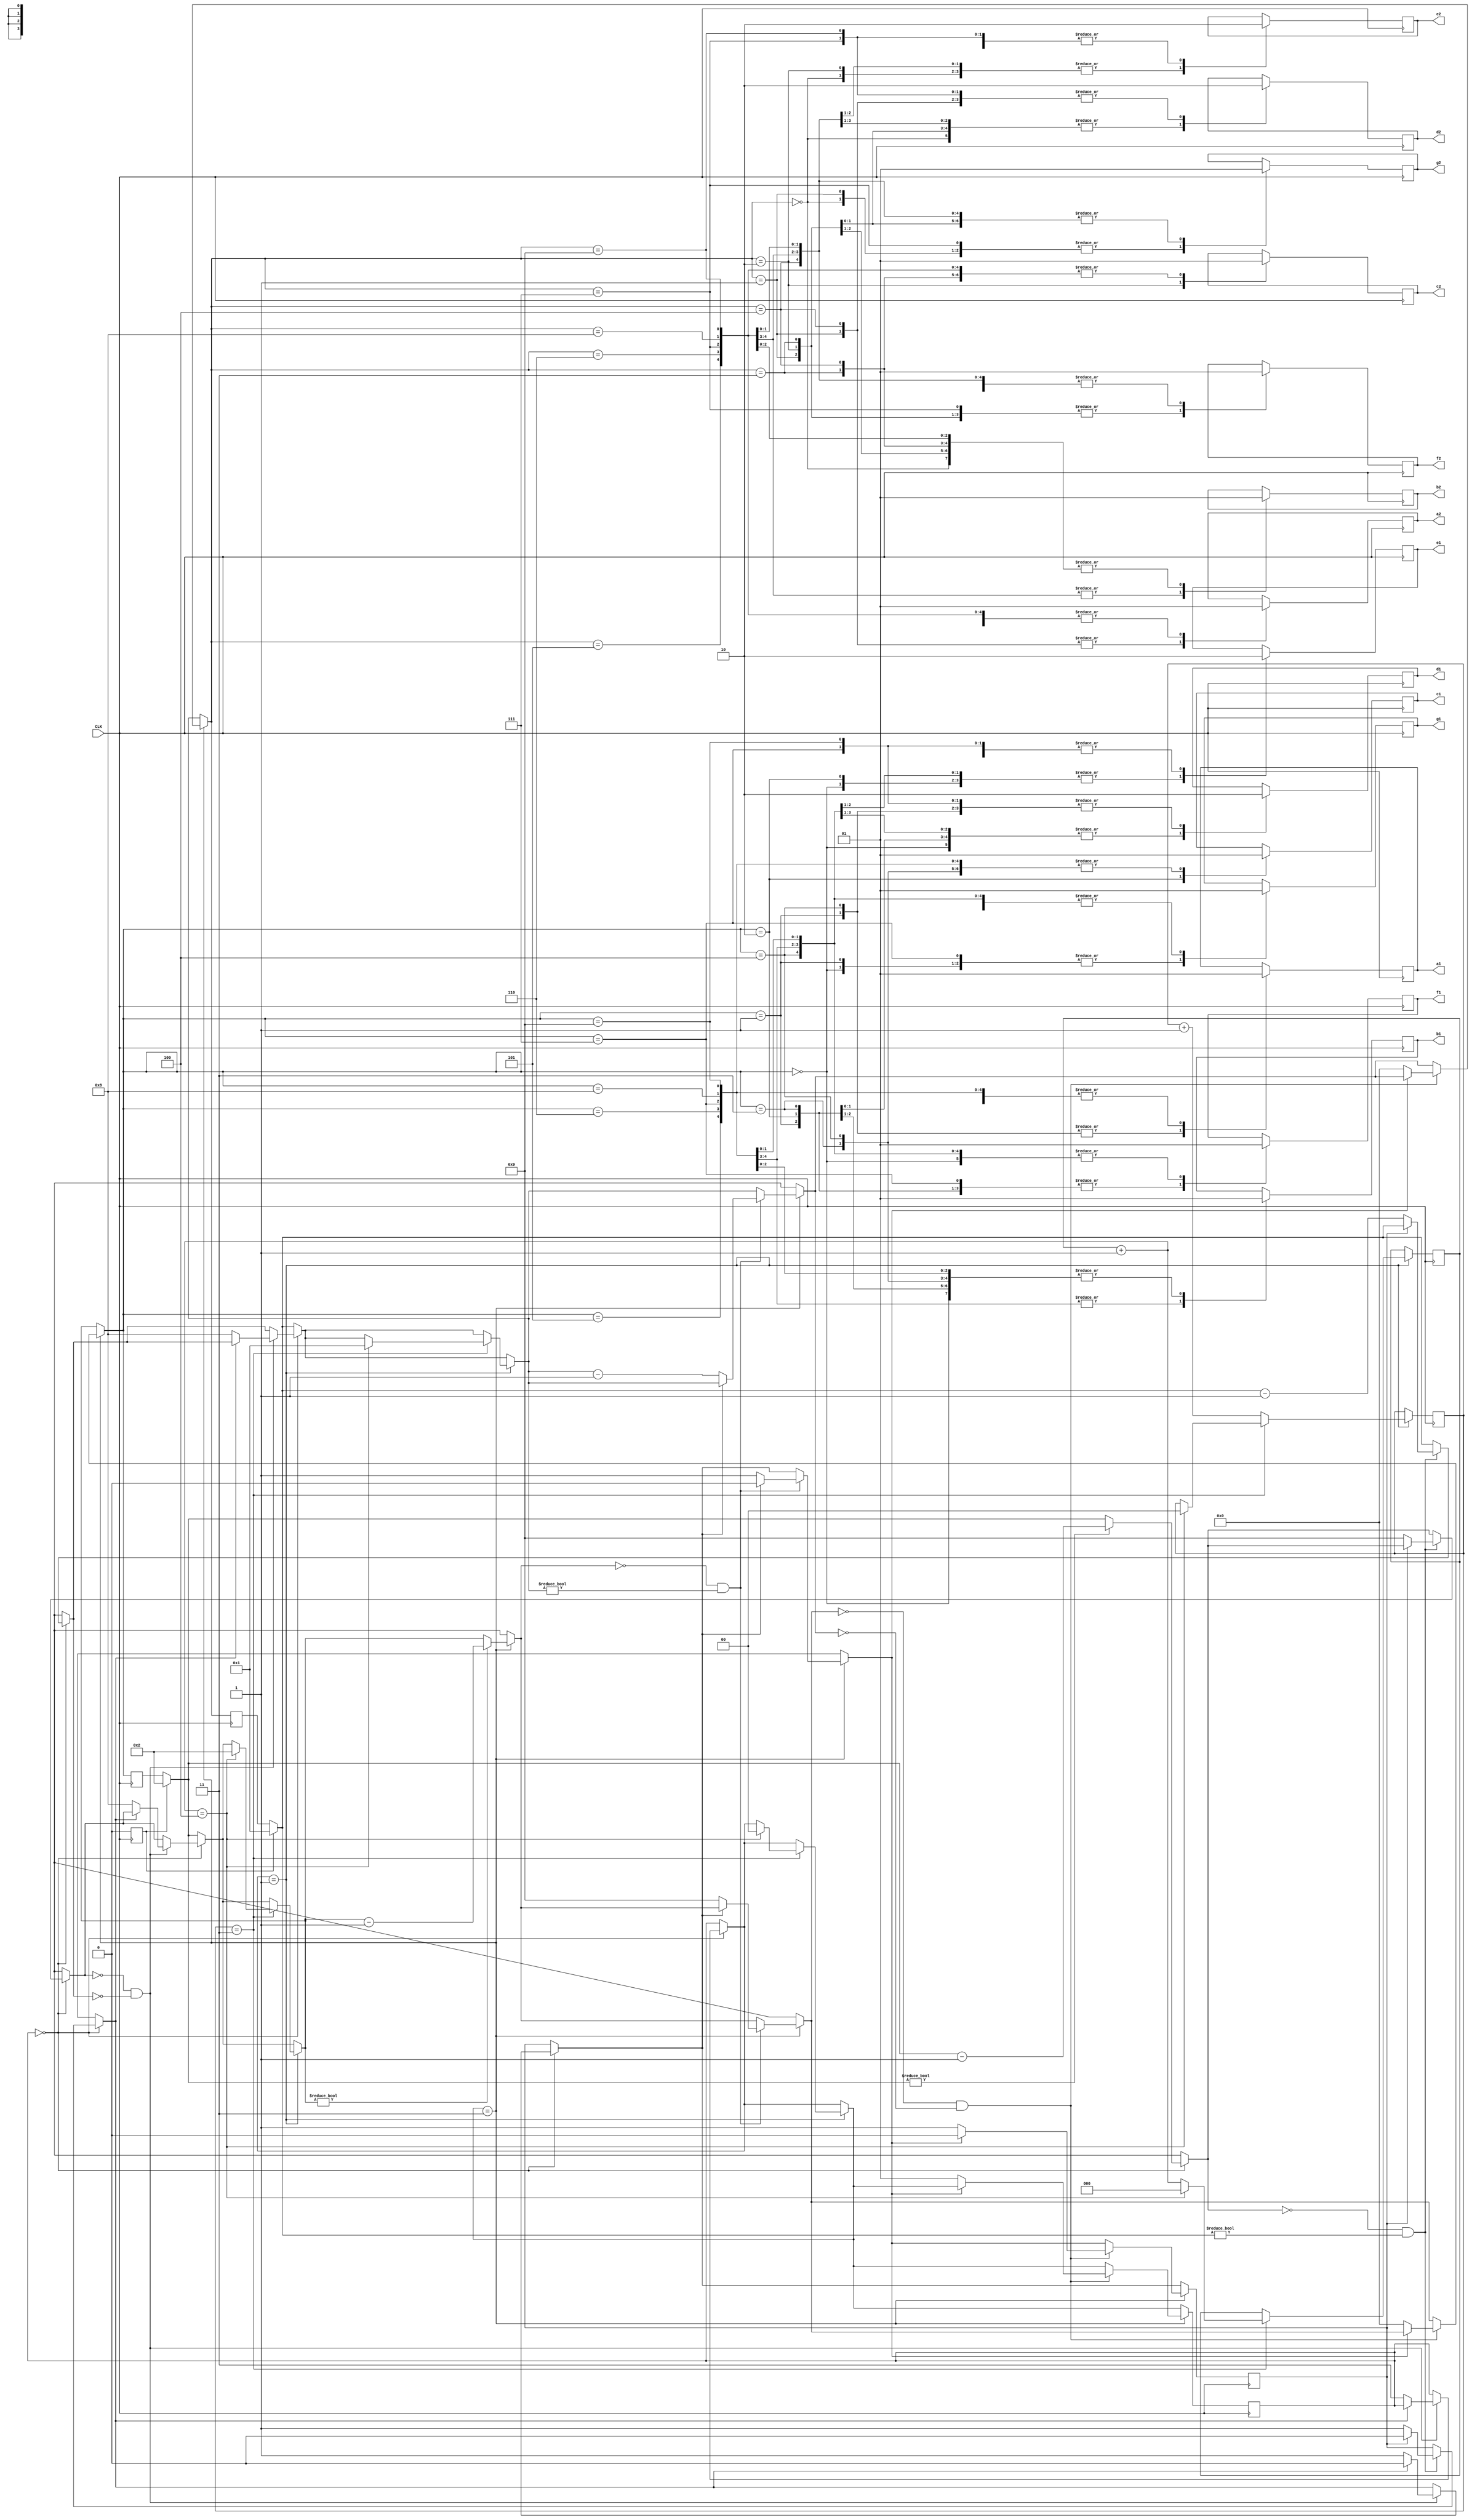
//////////////////7seg1 is for unity and 7seg2 for tens
///////////////we use a flag for reg and green light////if flag is 1 the light is green and if 0, red;
///////////////////time of green light is 88 clocks and for red light 12 clocks
//////////////////we start from red light
//   a   //
//f     b//
//   g   //   :)
//e     c//
//   d   //
module TrafficLightCounter(CLK,a1,b1,c1,d1,e1,f1,g1,a2,b2,c2,d2,e2,f2,g2);
    input wire CLK;
    output reg a1,b1,c1,d1,e1,f1,g1,a2,b2,c2,d2,e2,f2,g2;
    reg [3:0]tens;
    reg [3:0]unity;
    reg [1:0]flag = 2'b00;
    reg flag2 = 1'b1;
    reg atzero = 1'b1;
    reg [1:0]yellowcounterflash = 2'b00;
    reg [2:0]yellowcoutner = 3'b000;
    reg yellowlight = 1'b1;

    always@(posedge CLK)
        begin
            if(flag2 == 1'b1)
                begin
                    tens = 4'b0001;
                    unity = 4'b0010;
                    flag2 = 1'b0;
                end
            /////////////////////////////red light
            if(flag == 2'b00)
                begin
                    if(unity != 4'b0000)
                        begin
                            unity = unity - 4'b0001;
                        end
                    if(unity == 0 && tens != 4'b0000)
                        begin
                            if(atzero == 1'b0)                            
                                begin
                                    unity = 4'b1001;
                                    tens = tens - 4'b0001;
                                    atzero = 1'b1;
                                end
                            else
                                atzero = 1'b0;
                        end
                    if(unity == 4'b0000 && tens == 4'b0000)    
                        begin
                            if(atzero == 1'b0)
                                begin
                                    tens = 4'b1000;
                                    unity = 4'b1000;
                                    flag = 2'b11;
                                    atzero = 1'b1;
                                end   
                            else
                                atzero = 1'b0;
                        end  
                end
            //////////////////////yellow light
            if(flag == 2'b01)
                begin
                    if(yellowcounterflash == 2'b11)
                        begin
                            yellowlight = 1'b1;
                            yellowcoutner = yellowcoutner +3'b001;
                            if(yellowcoutner == 3'b100)
                                begin
                                    flag = 2'b00;
                                    yellowlight = 1'b0;
                                    tens = 4'b0001;
                                    unity = 4'b0010;
                                    yellowcoutner = 3'b000;
                                    yellowcounterflash = 2'b00;
                                end
                        end
                    else
                        begin
                            yellowcounterflash = yellowcounterflash + 2'b01;
                            yellowlight = ~yellowlight;
                        end
                end
            //////////////////////green light
            if(flag == 2'b11)
                begin
                    if(unity != 4'b0000)
                        begin
                            unity = unity - 4'b0001;
                        end
                    if(unity == 0 && tens != 4'b0000)
                        begin
                            if(atzero == 1'b0)                            
                                begin
                                    unity = 4'b1001;
                                    tens = tens - 4'b0001;
                                    atzero = 1'b1;
                                end
                            else
                                atzero = 1'b0;
                        end
                    if(unity == 4'b0000 && tens == 4'b0000)    
                        begin
                            if(atzero == 1'b0)
                                begin
                                    tens = 4'b0000;
                                    unity = 4'b0000;
                                    flag = 2'b01;
                                    atzero = 1'b1;
                                end   
                            else
                                atzero = 1'b0;
                        end  
                end
            /////////////7segs
            case(unity)
                4'b0000: {a1,b1,c1,d1,e1,f1,g1}=7'b1111110;
                4'b0001: {a1,b1,c1,d1,e1,f1,g1}=7'b0110000;
                4'b0010: {a1,b1,c1,d1,e1,f1,g1}=7'b1101101;
                4'b0011: {a1,b1,c1,d1,e1,f1,g1}=7'b1111001;
                4'b0100: {a1,b1,c1,d1,e1,f1,g1}=7'b0110011;
                4'b0101: {a1,b1,c1,d1,e1,f1,g1}=7'b1011011;
                4'b0110: {a1,b1,c1,d1,e1,f1,g1}=7'b1011111;
                4'b0111: {a1,b1,c1,d1,e1,f1,g1}=7'b1110000;
                4'b1000: {a1,b1,c1,d1,e1,f1,g1}=7'b1111111;
                4'b1001: {a1,b1,c1,d1,e1,f1,g1}=7'b1110011;
            endcase
            case(tens)
                4'b0000: {a2,b2,c2,d2,e2,f2,g2}=7'b1111110;
                4'b0001: {a2,b2,c2,d2,e2,f2,g2}=7'b0110000;
                4'b0010: {a2,b2,c2,d2,e2,f2,g2}=7'b1101101;
                4'b0011: {a2,b2,c2,d2,e2,f2,g2}=7'b1111001;
                4'b0100: {a2,b2,c2,d2,e2,f2,g2}=7'b0110011;
                4'b0101: {a2,b2,c2,d2,e2,f2,g2}=7'b1011011;
                4'b0110: {a2,b2,c2,d2,e2,f2,g2}=7'b1011111;
                4'b0111: {a2,b2,c2,d2,e2,f2,g2}=7'b1110000;
                4'b1000: {a2,b2,c2,d2,e2,f2,g2}=7'b1111111;
                4'b1001: {a2,b2,c2,d2,e2,f2,g2}=7'b1110011;
            endcase
        end
endmodule